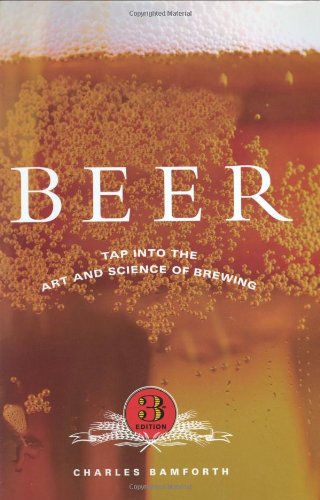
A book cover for Beer: Tap into the Art and Science of Brewing; Charles Bamforth; Cookbooks, Food & Wine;